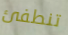
تنطفئ